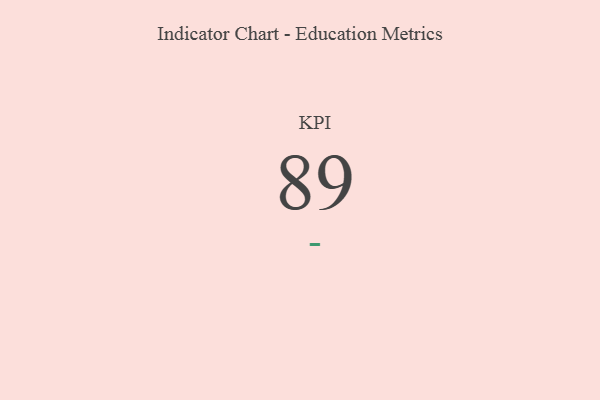
{"axis": {"x": "KPI", "y": "Value"}, "legend": [""], "data": [{"x": "KPI", "y": 89, "type": ""}]}